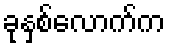
ခုနှစ်လောက်က